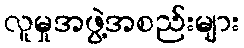
လူမှုအဖွဲ့အစည်းများ